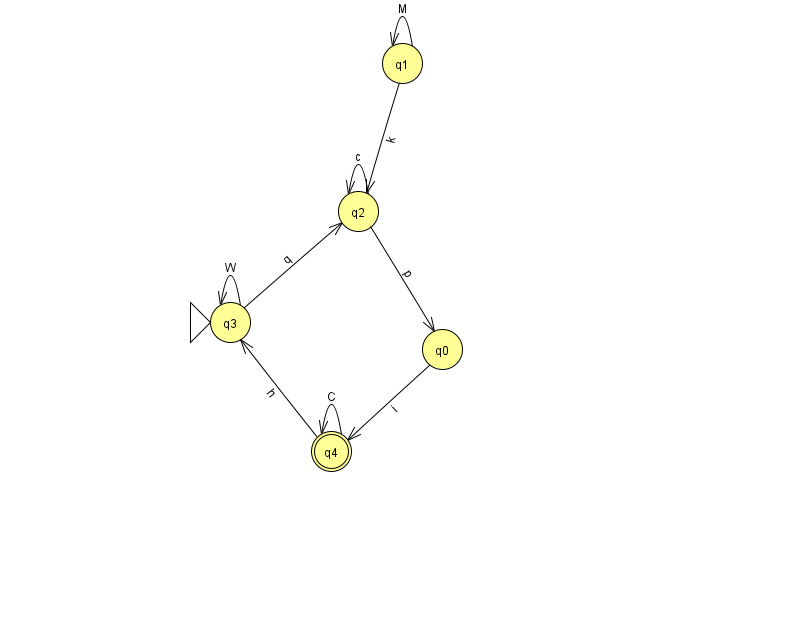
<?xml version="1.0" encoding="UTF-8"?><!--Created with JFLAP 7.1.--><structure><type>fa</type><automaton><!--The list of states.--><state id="0" name="q0"><x>442.0</x><y>336.0</y></state><state id="1" name="q1"><x>402.0</x><y>50.0</y></state><state id="2" name="q2"><x>358.0</x><y>198.0</y></state><state id="3" name="q3"><x>230.0</x><y>309.0</y><initial/></state><state id="4" name="q4"><x>331.0</x><y>438.0</y><final/></state><!--The list of transitions.--><transition><from>2</from><to>0</to><read>p</read></transition><transition><from>0</from><to>4</to><read>i</read></transition><transition><from>2</from><to>2</to><read>c</read></transition><transition><from>4</from><to>4</to><read>C</read></transition><transition><from>1</from><to>2</to><read>k</read></transition><transition><from>3</from><to>3</to><read>W</read></transition><transition><from>3</from><to>2</to><read>q</read></transition><transition><from>1</from><to>1</to><read>M</read></transition><transition><from>4</from><to>3</to><read>h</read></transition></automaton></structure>